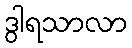
ဒွါရသာလာ